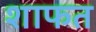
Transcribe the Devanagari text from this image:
शाफत